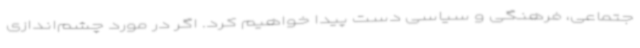
جتماعی، فرهنگی و سیاسی دست پیدا خواهیم کرد. اگر در مورد چشم‌اندازی